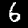
Label: 6